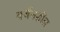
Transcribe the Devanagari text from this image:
वर्जनशील